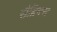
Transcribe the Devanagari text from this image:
सैब्रिक्स